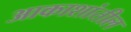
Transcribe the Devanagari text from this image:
आकाशांतील